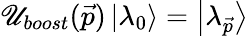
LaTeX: \mathscr{U}_{boost}(\vec{{p}})\left|\lambda_{0}\right>=\left|\lambda_{\vec{{p}}}\right>